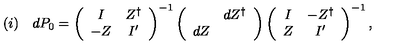
( i ) \quad d P _ { 0 } = \left( \begin{array} { c c } { I } & { Z ^ { \dag } } \\ { - Z } & { I ^ { \prime } } \\ \end{array} \right) ^ { - 1 } \left( \begin{array} { c c } { } & { d Z ^ { \dag } } \\ { d Z } & { } \\ \end{array} \right) \left( \begin{array} { c c } { I } & { - Z ^ { \dag } } \\ { Z } & { I ^ { \prime } } \\ \end{array} \right) ^ { - 1 } ,